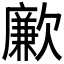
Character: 𣤤